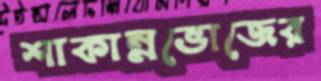
শাকান্নভোজের